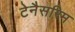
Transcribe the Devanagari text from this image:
टेनैसरिम